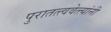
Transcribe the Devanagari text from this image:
पुरातत्त्ववेत्त्यांनी